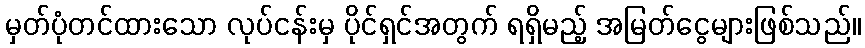
မှတ်ပုံတင်ထားသော လုပ်ငန်းမှ ပိုင်ရှင်အတွက် ရရှိမည့် အမြတ်ငွေများဖြစ်သည်။